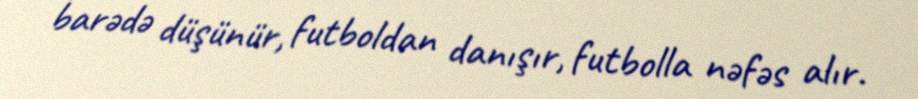
barədə düşünür, futboldan danışır, futbolla nəfəs alır.